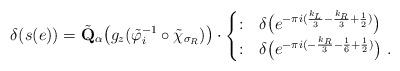
LaTeX: \begin{align*} \delta(s(e)) = \tilde{\mathbf Q}_\alpha \big( g_z( \tilde{\varphi}_i^{-1} \circ \tilde{\chi}_{\sigma_R} ) \big) \cdot \begin{cases} :& \delta\big(e^{-\pi i ( \frac{k_L}{3}-\frac{k_R}{3} +\frac{1}{2} )}\big)\\ :& \delta \big( e^{-\pi i ( -\frac{k_R}{3} - \frac{1}{6} + \frac{1}{2} )} \big) \ .\end{cases}\end{align*}